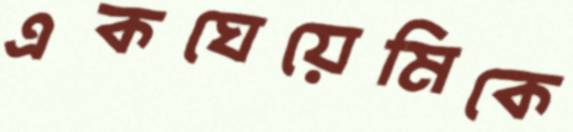
একঘেয়েমিকে